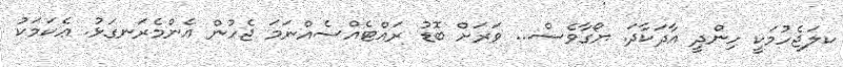
ކލަޖެހުމަކީ ހިންދީ އާދަކާދަ. ޔޯގާވެސް... ވަރަށް ބޮޑު ރައްޓެއްސެއްނަމަ ޖެހުން އެންމެރަނގަޅު. ޢެކަމަކު